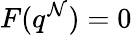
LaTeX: F(q^{\mathcal{N}})=0